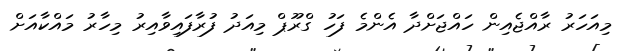
މިއަހަރު ރާއްޖެއިން ހައްޖަށްދާ އެންމެ ފަހު ގްރޫޕް މިއަދު ފުރާފައިވާއިރު މިހާރު މައްކާއަށް